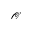
\mathcal { O }